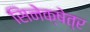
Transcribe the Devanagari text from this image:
सिनेक्षेत्र